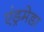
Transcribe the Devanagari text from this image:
एंड्रमेडा